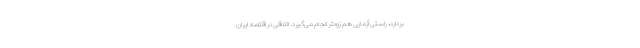
بردارد، راستی آزمایی هم زودتر انجام می‌گیرد. اتفاقی در اقتصاد ایران